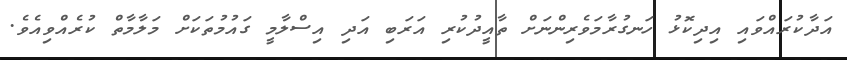
އަދާކުރައްވައި އިދިކޮޅު ހަނގުރާމަވެރިންނަށް ތާއީދުކުރި އަރަބި އަދި އިސްލާމީ ގައުމުތަކަށް މަލާމާތް ކުރެއްވިއެވެ.